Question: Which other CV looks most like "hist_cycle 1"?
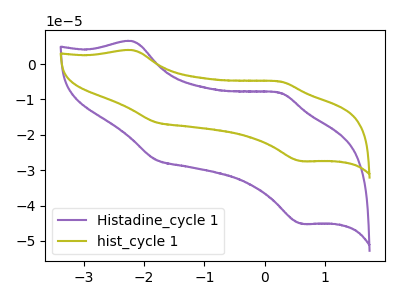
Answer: <think>The purple curve "Histadine_cycle 1" has anodic peaks at (-2.20V, 6.45uA) (0.25V, -8.10uA) and cathodic peaks at (-1.80V, -27.05uA) (0.60V, -45.10uA). The olive curve "hist_cycle 1" has anodic peaks at (-2.20V, 3.90uA) (0.25V, -4.95uA) and cathodic peaks at (-1.80V, -16.45uA) (0.60V, -27.45uA).
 All the peaks in "Histadine_cycle 1" have a peak in "hist_cycle 1" at the same potential.</think>
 <answer>The CV with the most similar shape to "Histadine_cycle 1" is "hist_cycle 1".</answer>
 <eval>"hist_cycle 1"</eval>